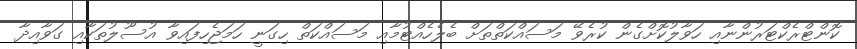
ކޮންޓްރެކްޓަރުންނާއި ހަވާލުކޮށްގެން ކުރެވޭ މަސައްކަތްތަށް ބެލެހެއްޓުމާއި މަސައްކަތް ހިގަނީ ހަމަޖެހިފައިވާ އުސޫލުތަކާއި ގަވާއިދާ